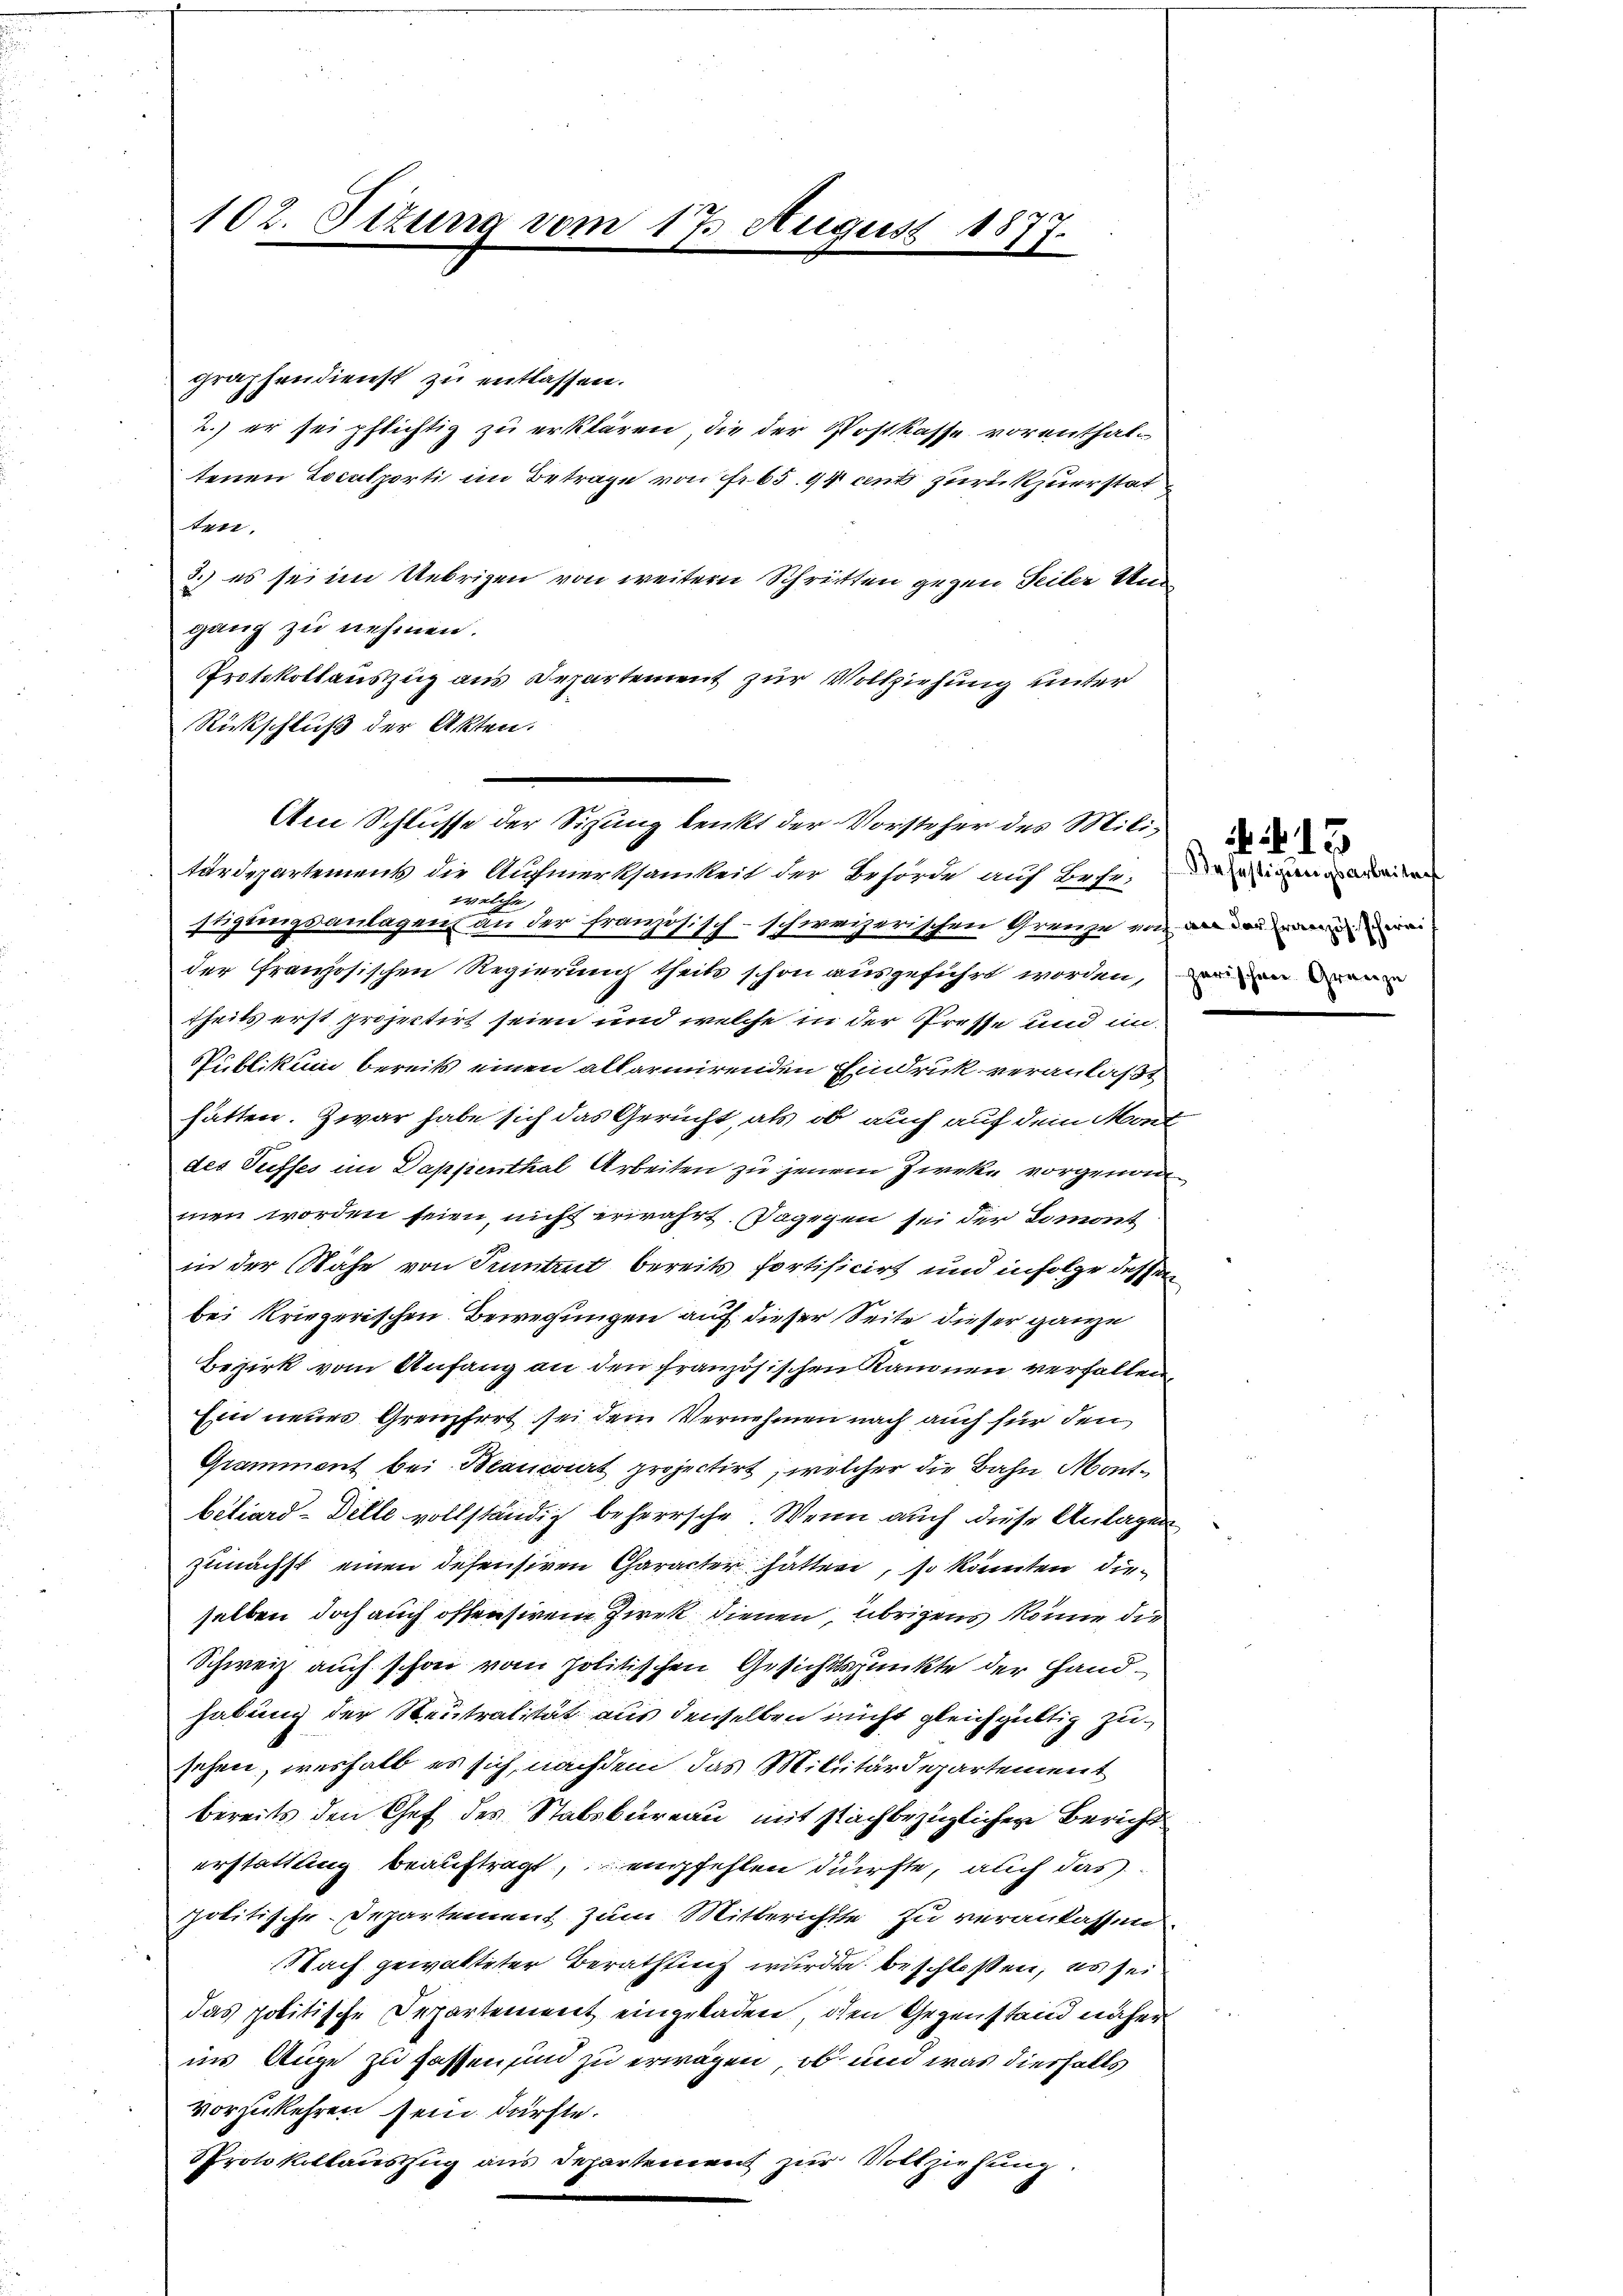
102. Sizung vom 17. August 181
17.

graphendienst zu entlassen.
2.) er sei pflichtig zu erklären, die der Postkasse vorenthaltenen Localporti im Betrage von Fr. 65. 94 cent zurückzuerstat
ten.
3.) es sei im Uebrigen von weitern Schritten gegen Seiter Un
ganz zu nehmen.
Protokollauszug aus Departement zur Vollziehung unter
Rückschluß der Akten.
tärdepartement die Aufmerksamkeit der Behörde auf Bese; eingenien
welche,
stigungsanlagen an der französisch-schweizerischen Grenze von wei
der französischen Regierung theils schon ausgeführt worden, un
theils erst projectirt seien und welche in der Presse und in
Publikum bereits einen allarmirenden Eindruck veranlaßt
hätten. Zwar habe sich das Gerucht, als ob auch auf dem Mont
des Puffes im Dappenthal Arbeiten zu jenem Zwecke vorgenom
men worden seien, nicht erwahrt. Dagegen sei der Limont
in der Nähe von Tuntrut bereits fortificirt und in Folge dessen
bei Kriegerischen Bewegungen auf dieser Seite dieser ganze
Bezirk vom Anfang an den französischen Kanonen verfallen
Ein neues Grenzfert sei dem Vernehmen nach auch für den
Gramment bei Beancant projectirt, welcher die Bahn Montbiliard-Dille vollständig beherrsche. Wenn auch diese Anlagen
zunächst einen desensiven Character hätten, so könnten dieselben doch auch offensiven Zwek dienen, übrigens könne die
Schweiz auch schon vom politischen Gesichtspunkte der Handhabung der Neutralität aus denselben nicht gleichgültig zusehen, weshalb es sich nachdem das Militärdepartement
bereits den Chef des Stabsbureau mit Nachbezüglichen Bericht
erstattling beauftragt, empfehlen dürfte, auch das
politische Departement zum Mitberichtte zu veranlassen
Nach gewalteter Berathung wurde beschloßen, es sei
das politische Departement eingeladen, den Gegenstand näher
ins Auge zu fassen sind zu erwägen, ob und was diesfalls
vorzukehren sein dürfte.
Protokollauszug aus Departement zur Vollziehung.

Am Schlusse der Sizung lenkt der Vorsteher des Mili¬

13